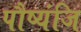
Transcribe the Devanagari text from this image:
पौष्यंजि